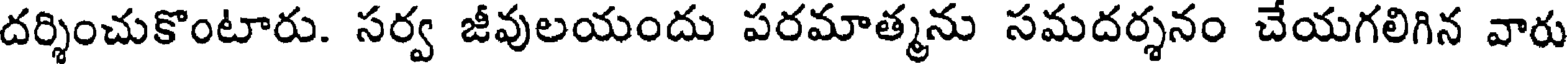
దర్శించుకొంటారు. సర్వ జీవులయందు పరమాత్మను సమదర్శనం చేయగలిగిన వారు